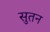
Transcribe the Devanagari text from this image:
सुतन